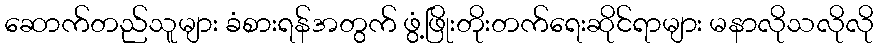
ဆောက်တည်သူများ ခံစားရန်အတွက် ဖွံ့ဖြိုးတိုးတက်ရေးဆိုင်ရာများ မနာလိုသလိုလို